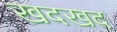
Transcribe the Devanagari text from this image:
खदखद